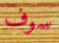
سوف